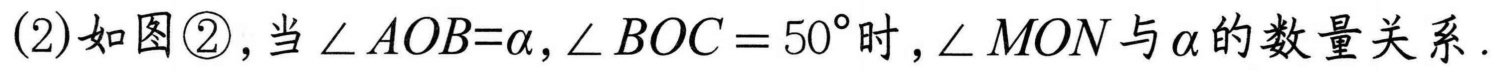
(2)如图\textcircled{2}，当\(\angle AOB = \alpha,\angle BOC = 50^{\circ}\)时，\(\angle MON\)与\(\alpha\)的数量关系.